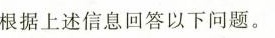
根据上述信息回答以下问题。